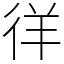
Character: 徉